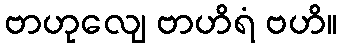
ဗာဟုလျေ ဗာဟိရံ ဗဟိ။